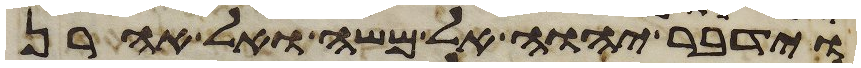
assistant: וידבר יהוה אל משה ואל אהרן